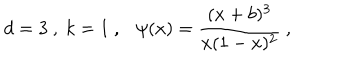
LaTeX: d = 3 \ , \ k = 1 \ , \ \ \ \psi ( x ) = \frac { ( x + b ) ^ { 3 } } { x ( 1 - x ) ^ { 2 } } \ ,